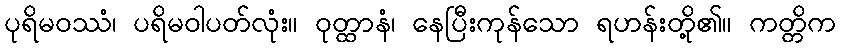
ပုရိမဝဿံ၊ ပရိမဝါပတ်လုံး။ ဝုတ္ထာနံ၊ နေပြီးကုန်သော ရဟန်းတို့၏။ ကတ္တိက